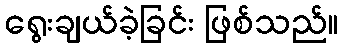
ရွေးချယ်ခဲ့ခြင်း ဖြစ်သည်။